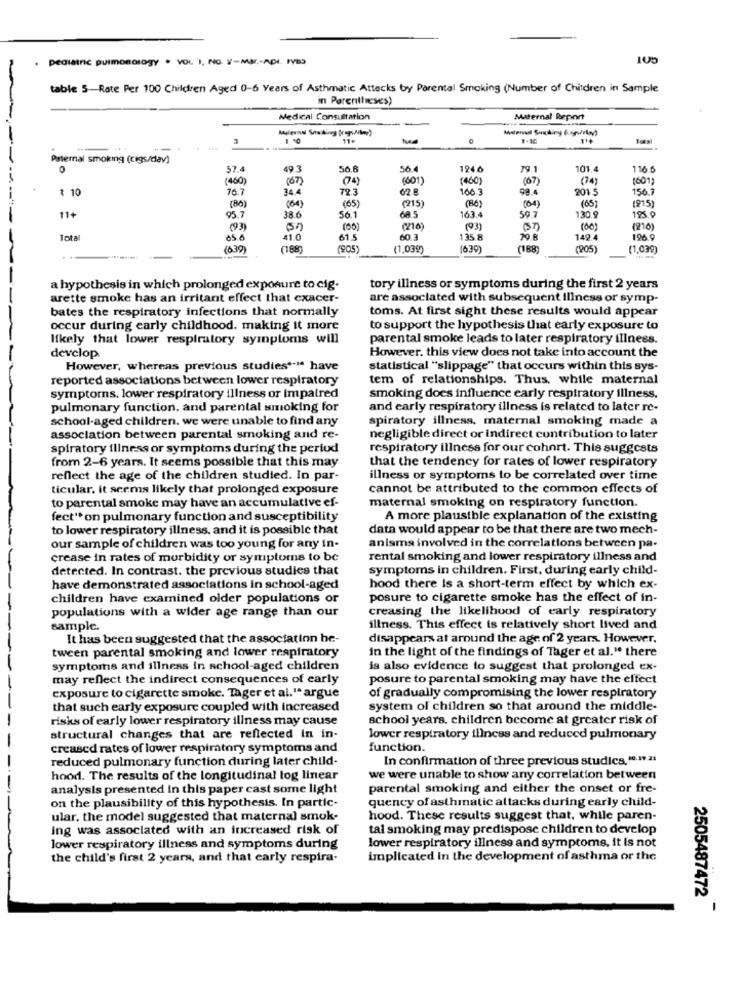
pediatric pulmonology . VOI. 1, NO. Y-MJ .- ADI. IV83
table 5-Rate Per 100 Children Aged 0-6 Years of Asthmatic Attacks by Parental Smoking (Number of Children in Sample
in Parentheses)
Medical Consultation
Maternal Report
1 10
11.
Paternal smoking (cigs/dav)
0
57.4
49.3
50.6
56.
124
79.1
101.4
116
(460)
(67)
(74)
(601
(460)
(67)
(74)
1601
1 10
76.7
34.4
72.3
62.E
166
98.4
2015
156.7
(64)
(86)
(65)
(215)
(86)
(65)
(215
(04)
11+
95.7
38.6
56.1
68.5
163.
50.7
130.
185.0
(93)
(00)
(216)
(93)
(00)
(210)
Total
65.6
41.0
61.5
60.3
1358
70 8
149
126.9
(639)
(188)
(905
(1,039)
1639
(188)
(905)
(1,039)
a hypothesis in which prolonged exposure to cig.
tory illness or symptoms during the first 2 years
arette smoke has an irritant effect that exacer-
are associated with subsequent illness or symp-
bates the respiratory infections that normally
toms. At first sight these results would appear
occur during early childhood. making it more
to support the hypothesis that early exposure to
likely that lower respiratory symptoms will
parental smoke leads to later respiratory illness.
However. this view does not take into account the
develop
However, whereas previous studies **** have
statistical "slippage" that occurs within this sys-
reported associations between lower respiratory
tem of relationships. Thus, while maternal
symptoms, lower respiratory illness or Impaired
smoking does influence early respiratory illness.
pulmonary function, and parental smoking for
and early respiratory illness is related to later re-
school-aged children. we were unable to find any
spiratory illness, maternal smoking made a
association between parental smoking and re-
negligible direct or indirect contribution to later
spiratory iliness or symptoms during the period
respiratory illness for our cohnrt. This suggests
from 2-6 years. It seems possible that this may
that the tendency for rates of lower respiratory
reflect the age of the children studied. In par-
illness or symptoms to be correlated over time
ticular. it seems likely that prolonged exposure
cannot be attributed to the common effects of
to parental smoke may have an accumulative ef-
maternal smoking on respiratory function.
fect"* on pulmonary function and susceptibility
A more plausible explanation of the existing
to lower respiratory illness, and it is possible that
data would appear to be that there are two mech-
our sample of children was too young for any in-
anisma involved in the correlations between pa-
crease in rates of morbidity or symptoms to be
rental smoking and lower respiratory illness and
detected. In contrast. the previous studies that
symptoms in children. First, during early child-
have demonstrated associations in school-aged
hood there is a short-term effect by which ex-
children have examined older populations or
posure to cigarette smoke has the effect of in-
populations with a wider age range than our
creasing the likelihood of early respiratory
sample.
illness. This effect is relatively short lived and
It has been suggested that the association he-
disappears at around the age of 2 yearx. However,
tween parental smoking and lower respiratory
in the light of the findings of Tager et al." there
symptoms and illness in school-aged children
is also evidence to suggest that prolonged ex-
may reflect the indirect consequences of early
posure to parental smoking may have the effect
exposure to cigarette smoke. Tager et al." argue
of gradually compromising the lower respiratory
that such early exposure coupled with increased
system of children so that around the middle-
risks of early lower respiratory illness may cause
school years. children become at greater risk of
structural changes that are reflected In in-
lower respiratory illness and reduced pulmonary
creased rates of lower respiratory symptoms and
function.
reduced pulmonary function during later child-
In confirmation of three previous studies," .. 931
hood. The results of the longitudinal log linear
we were unable to show any correlation between
analysis presented in this paper cast some light
parental smoking and either the onset or fre-
quency of asthmatic attacks during early child-
on the plausibility of this hypothesis. In partic-
ular. the model suggested that maternal smok-
hood. These results suggest that, while paren-
ing was associated with an increased risk of
tal smoking may predispose children to develop
lower respiratory illness and symptoms, it Is not
lower respiratory illness and symptoms during
the child's first 2 years, and that early respira-
implicated in the development of asthma or the
2505487472
-